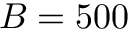
B = 5 0 0